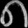
Digit: ၈